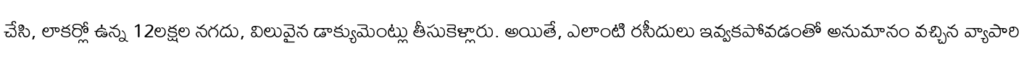
చేసి, లాకర్లో ఉన్న 12లక్షల నగదు, విలువైన డాక్యుమెంట్లు తీసుకెళ్లారు. అయితే, ఎలాంటి రసీదులు ఇవ్వకపోవడంతో అనుమానం వచ్చిన వ్యాపారి